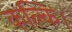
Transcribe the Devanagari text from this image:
कल्कि।